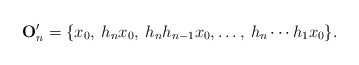
\begin{align*}\mathbf O_n'=\{ x_0, \:h_n x_0,\: h_nh_{n-1} x_0,\ldots,\:h_n\cdots h_1 x_0\}. \end{align*}